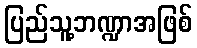
ပြည်သူ့ဘဏ္ဍာအဖြစ်